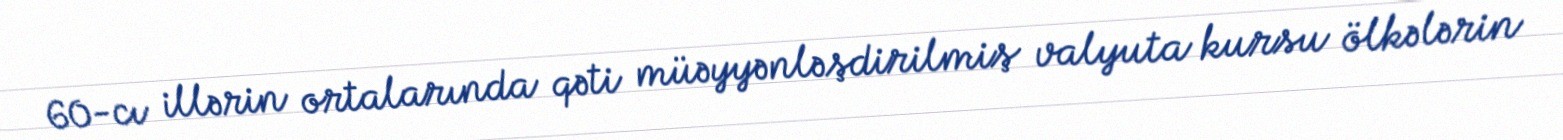
60-cı illərin ortalarında qəti müəyyənləşdirilmiş valyuta kursu ölkələrin